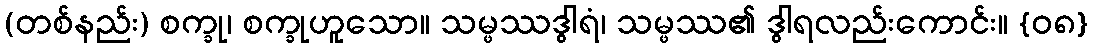
(တစ်နည်း) စက္ခု၊ စက္ခုဟူသော။ သမ္ဖဿဒွါရံ၊ သမ္ဖဿ၏ ဒွါရလည်းကောင်း။ {၀၈}